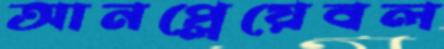
আনপ্লেয়েবল